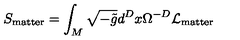
S _ { \mathrm { m a t t e r } } = \int _ { M } \sqrt { - \tilde { g } } d ^ { D } x \Omega ^ { - D } { \cal L } _ { \mathrm { m a t t e r } }